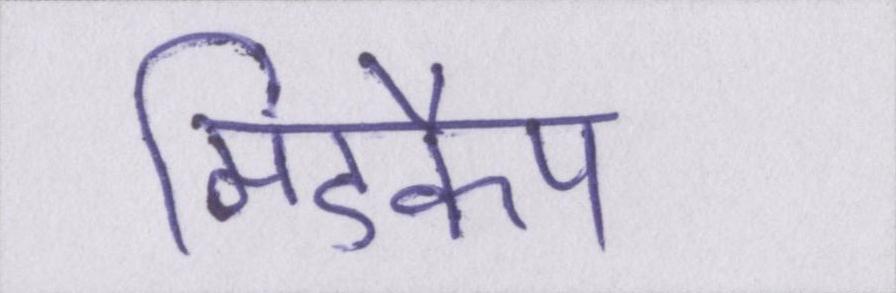
मिडकैप